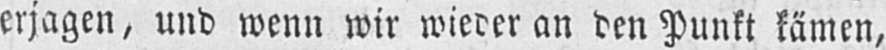
erjagen, und wenn wir wieder an den Punkt kämen,